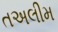
તઅલીમ